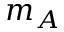
m _ { A }